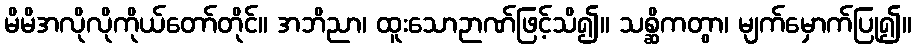
မိမိအလိုလိုကိုယ်တော်တိုင်။ အဘိညာ၊ ထူးသောဉာဏ်ဖြင့်သိ၍။ သစ္ဆိကတွာ၊ မျက်မှောက်ပြု၍။